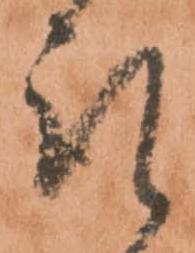
取